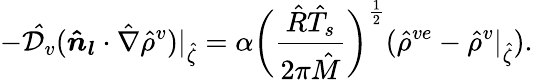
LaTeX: -\mathcal{\hat{D}}_{v}(\boldsymbol{\hat{n}_{l}}\cdot\hat{\nabla}\hat{\rho}^{v})|_{\hat{\zeta}}=\alpha\bigg(\frac{\hat{R}\hat{T}_{s}}{2\pi\hat{M}}\bigg)^{\frac{1}{2}}(\hat{\rho}^{ve}-\hat{\rho}^{v}|_{\hat{\zeta}}).